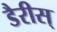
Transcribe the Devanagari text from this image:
डैरीस्